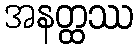
အနတ္ထဿ